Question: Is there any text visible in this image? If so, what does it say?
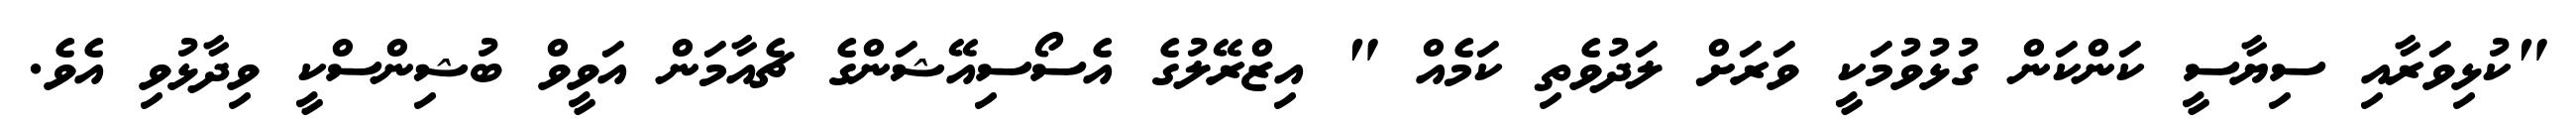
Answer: "ކުޅިވަރާއި ސިޔާސީ ކަންކަން ގުޅުވުމަކީ ވަރަށް ލަދުވެތި ކަމެއް " އިޒްރޭލުގެ އެސޯސިއޭޝަންގެ ޗެއާމަން އަވީވް ބުޝިންސްކީ ވިދާޅުވި އެވެ.